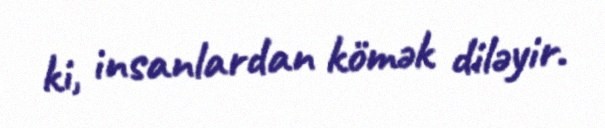
ki, insanlardan kömək diləyir.